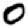
Digit: 0